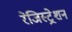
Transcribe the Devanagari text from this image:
रेजिस्ट्रेशन